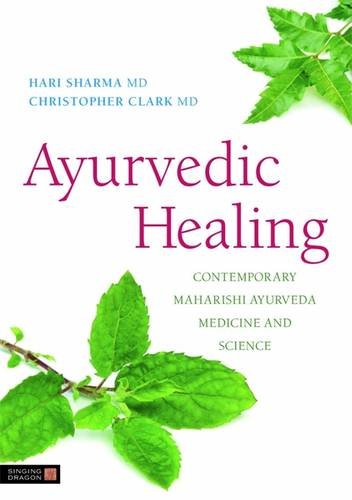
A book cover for Ayurvedic Healing: Contemporary Maharishi Ayurveda Medicine and Science; Hari M. Sharma; Health, Fitness & Dieting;